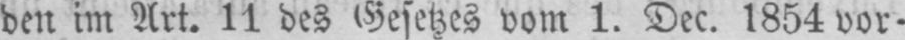
den im Art. 11 des Gesetzes vom 1. Dec. 1854 vor-